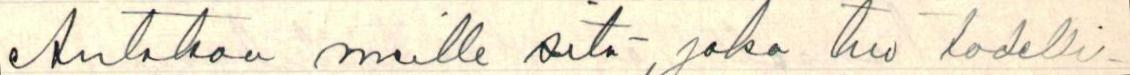
Antakaa meille sitä, joka tuo todelli-